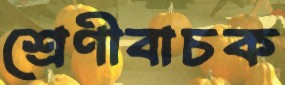
শ্রেণীবাচক